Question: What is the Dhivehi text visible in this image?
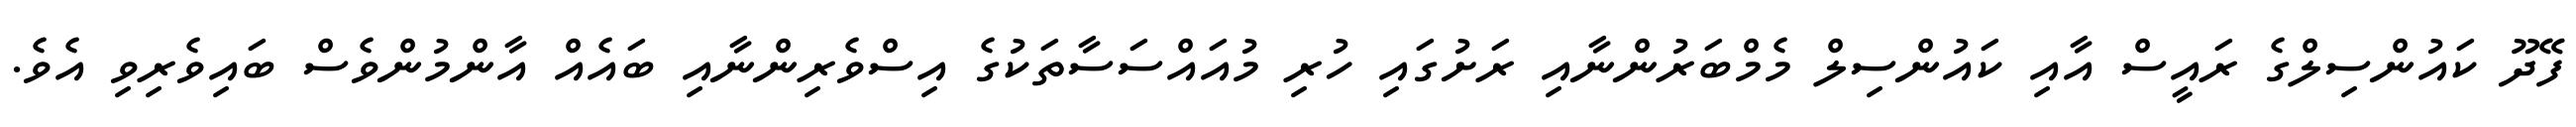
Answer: ފޭދޫ ކައުންސިލްގެ ރައީސް އާއި ކައުންސިލް މެމްބަރުންނާއި ރަށުގައި ހުރި މުއައްސަސާތަކުގެ އިސްވެރިންނާއި ބައެއް އާންމުންވެސް ބައިވެރިވި އެވެ.